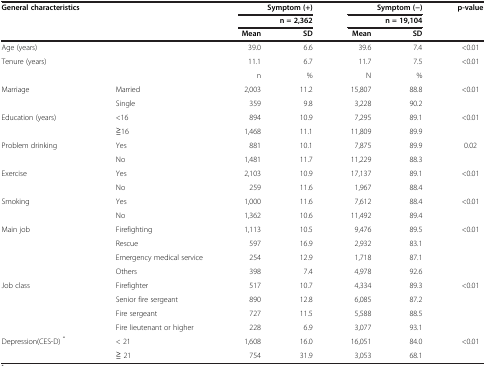
<table><thead><tr><td rowspan="2"><b>General characteristics</b></td><td rowspan="2"><b> </b></td><td colspan="2"><b>Symptom (+)</b></td><td colspan="2"><b>Symptom (-)</b></td><td rowspan="2"><b>p-value</b></td></tr><tr><td colspan="2"><b>n = 2,362</b></td><td colspan="2"><b>n = 19,104</b></td></tr><tr><td><b> </b></td><td><b> </b></td><td><b>Mean</b></td><td><b>SD</b></td><td><b>Mean</b></td><td><b>SD</b></td><td><b> </b></td></tr></thead><tbody><tr><td>Age (years)</td><td> </td><td>39.0</td><td>6.6</td><td>39.6</td><td>7.4</td><td>&lt;0.01</td></tr><tr><td>Tenure (years)</td><td> </td><td>11.1</td><td>6.7</td><td>11.7</td><td>7.5</td><td>&lt;0.01</td></tr><tr><td> </td><td> </td><td>n</td><td>%</td><td>N</td><td>%</td><td> </td></tr><tr><td>Marriage</td><td>Married</td><td>2,003</td><td>11.2</td><td>15,807</td><td>88.8</td><td>&lt;0.01</td></tr><tr><td> </td><td>Single</td><td>359</td><td>9.8</td><td>3,228</td><td>90.2</td><td> </td></tr><tr><td>Education (years)</td><td>&lt;16</td><td>894</td><td>10.9</td><td>7,295</td><td>89.1</td><td>&lt;0.01</td></tr><tr><td> </td><td>≧16</td><td>1,468</td><td>11.1</td><td>11,809</td><td>89.9</td><td> </td></tr><tr><td>Problem drinking</td><td>Yes</td><td>881</td><td>10.1</td><td>7,875</td><td>89.9</td><td>0.02</td></tr><tr><td> </td><td>No</td><td>1,481</td><td>11.7</td><td>11,229</td><td>88.3</td><td> </td></tr><tr><td>Exercise</td><td>Yes</td><td>2,103</td><td>10.9</td><td>17,137</td><td>89.1</td><td>&lt;0.01</td></tr><tr><td> </td><td>No</td><td>259</td><td>11.6</td><td>1,967</td><td>88.4</td><td> </td></tr><tr><td>Smoking</td><td>Yes</td><td>1,000</td><td>11.6</td><td>7,612</td><td>88.4</td><td>&lt;0.01</td></tr><tr><td> </td><td>No</td><td>1,362</td><td>10.6</td><td>11,492</td><td>89.4</td><td> </td></tr><tr><td>Main job</td><td>Firefighting</td><td>1,113</td><td>10.5</td><td>9,476</td><td>89.5</td><td>&lt;0.01</td></tr><tr><td> </td><td>Rescue</td><td>597</td><td>16.9</td><td>2,932</td><td>83.1</td><td> </td></tr><tr><td> </td><td>Emergency medical service</td><td>254</td><td>12.9</td><td>1,718</td><td>87.1</td><td> </td></tr><tr><td> </td><td>Others</td><td>398</td><td>7.4</td><td>4,978</td><td>92.6</td><td> </td></tr><tr><td>Job class</td><td>Firefighter</td><td>517</td><td>10.7</td><td>4,334</td><td>89.3</td><td>&lt;0.01</td></tr><tr><td> </td><td>Senior fire sergeant</td><td>890</td><td>12.8</td><td>6,085</td><td>87.2</td><td> </td></tr><tr><td> </td><td>Fire sergeant</td><td>727</td><td>11.5</td><td>5,588</td><td>88.5</td><td> </td></tr><tr><td> </td><td>Fire lieutenant or higher</td><td>228</td><td>6.9</td><td>3,077</td><td>93.1</td><td> </td></tr><tr><td>Depression(CES-D) <sup>*</sup></td><td>&lt; 21</td><td>1,608</td><td>16.0</td><td>16,051</td><td>84.0</td><td>&lt;0.01</td></tr><tr><td> </td><td>≧ 21</td><td>754</td><td>31.9</td><td>3,053</td><td>68.1</td><td> </td></tr></tbody></table>